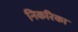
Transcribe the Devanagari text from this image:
निकरिका